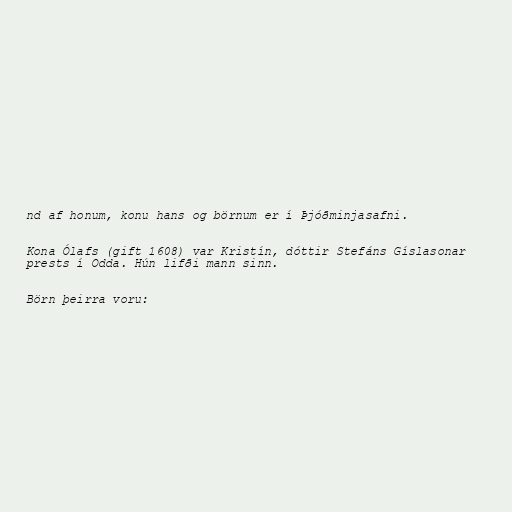
nd af honum, konu hans og börnum er í Þjóðminjasafni.

Kona Ólafs (gift 1608) var Kristín, dóttir Stefáns Gíslasonar
prests í Odda. Hún lifði mann sinn.

Börn þeirra voru: